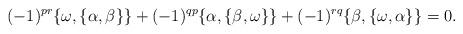
LaTeX: \begin{align*}(-1)^{pr}\{\omega,\{\alpha,\beta\} \} + (-1)^{qp}\{\alpha,\{\beta,\omega\} \} + (-1)^{rq}\{\beta,\{\omega,\alpha\} \} = 0 .\end{align*}